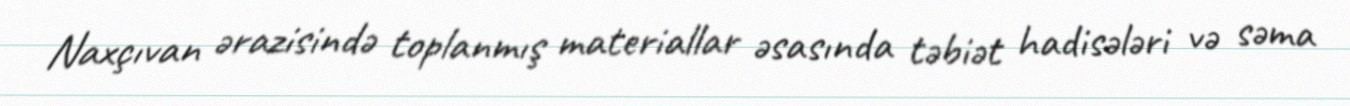
Naxçıvan ərazisində toplanmış materiallar əsasında təbiət hadisələri və səma